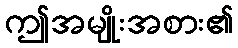
ဤအမျိုးအစား၏